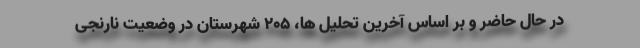
در حال حاضر و بر اساس آخرین تحلیل ها، ۲۰۵ شهرستان در وضعیت نارنجی